Annual report on the lock hospitals of the Madras Presidency
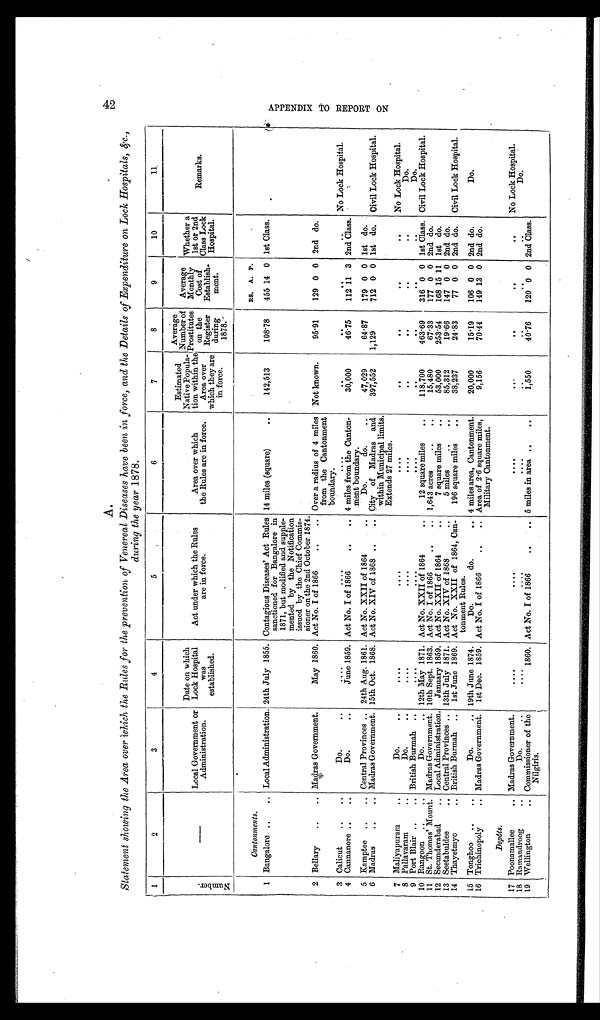
A.
4 2
APPENDIX TO REPORT ON
Statement showing the Area over which the Rules for the prevention of Venereal Diseases have been in force, and the Details of Expenditure on Lock Hospitals, &c.,
during the year 1878.
1
2
3
4
5
6
7
8
9
10
11
N u m b e r .
—
Local Government or
Administration.
Date on which
Lock Hospital
was
established.
Act under which the Rules
are in force.
Area over which
the Rules are in force.
Estimated
Native Popula-
tion within the
Area over
which they are
in force.
Average
Number of
Prostitutes
on the
Register
during
1878.
Average
Monthl
y Cost of
Establish-
ment.
Whet her a 1st or 2nd Cl ass Lock
Hospital.
Remarks.
Cantonments.
RS. A. P.
1 Bangalore ..
.. Local Administration. 24th July 1855. Contagious Diseases' Act Rules
sanctioned for Bangalore in
1871, but modified and supple-
mented by the Notification
issued by the Chief Commis-
sioner on the 2nd October 1874.
14 miles (square)
. .
142,513
108·78
455 14 0 1st Class.
2 Bellary
..
.. Madras Government.
May 1860. Act No. I of 1866
.. .. Over a radius of 4 miles
from the Cantonment boundary.
Not known.
95·91
129 0 0 2nd do.
3 Calicut
..
. .
Do.
. .
. . . .
. . . .
....
. .
. .
..
. . No Lock Hospital.
4 Cannanore ..
..
Do.
..
June 1859. Act No. I of 1866
..
.. 4 miles from the Canton-
ment boundary.
30,000
46.75
112 11 3 2nd Class.
.
5 Kamptee
.. .. Central Provinces .. 24th Aug. 1861. Act No. XXII of 1864
. .
Do.
do.
..
47,029
64·87
179 0 0 1st do.
6 Madras
..
.. Madras Government. 15th Oct. 1868. Act No. XIV of 1868 ..
. . City of Madras and
within Municipal limits.
Extends 27 miles.
397,552
1,129
712 0 0 1st do.
Civil Lock Hospital.
7 Maliyapuram
..
Do.
..
....
. . . .
. . . .
..
. .
..
. . No Lock Hospital.
8 Pallavaram
..
Do.
..
. . . .
. . . .
. . . .
. .
. .
..
. .
Do.
9 Port Blair ..
.. British Burmah ..
. . . .
. . . .
. . . .
. .
. .
..
..
Do.
10 Rangoon ..
..
Do.
.. 12th May 1871. Act No. XXII of 1864
. .
12 square miles
..
118,700
463·69
316 0 0 1st Class. Civil Lock Hospital.
11 St. Thomas' Mount. Madras Government. 10th Sept. 1863. Act No. I of 1866
...
.. 1,643 acres
..
..
15,480
67·33
177 0 0 2nd do.
12 Secunderabad
.. Local Administration.
January 1859. Act No. XXII of 1864
..
7 square miles
. .
53,000
253·54
168 15 11 1st do.
13 Seetabuldee
. . Central Provinces .. 13th July 1871. Act No. XIV of 1868
..
5 miles
..
..
85,312
19·66
147 0 0 2nd do.
14 Thayetmyo
.. British Burmah ..
1st June 1869. Act No. XXII of 1864, Can-
tonment Rules.
196 square miles
..
38,237
24·83
77 0 0 2nd do.
Civil Lock Hospital.
15 Tonghoo
..
..
Do.
.. 19th June 1874.
Do.
do.
. . 4 miles area, Cantonment.
20,000
15·19
106 0 0 2nd do.
Do.
16 Trichinopoly
.. Madras Government.
1st Dec. 1859. Act No. I of 1866
..
.. Area of 2·6 square miles,
Military Cantonment.
9,156
70·44
149 13 0 2nd do.
Depôts.
17 Poonamallee
.. Madras Government.
. . . .
. . . .
. . . .
. . .
. .
..
..
No Lock Hospital.
18 Ramandroog
..
Do.
..
. . . .
....
. . . .
..
. .
..
..
Do.
19 Wellington
.. Commissioner of the
Nilgiris.
1860. Act No. I of 1866
..
. . 5 miles in area ..
..
1,550
40·76
120 0 0 2nd Class.